Report on vaccination in Madras 1877-1894 - 1877-1894
Year: 1877
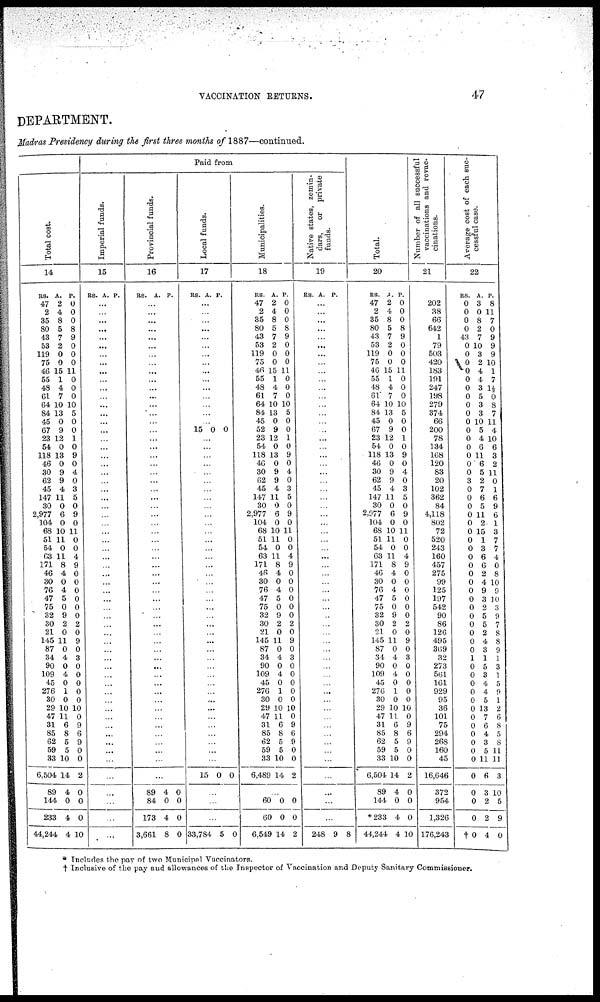
VACCINATION RETURNS.
47
DEPARTMENT.
Madras Presidency during the first three months of 1887—continued.
Total cost.
14
RS.
47
2
35
80
43
53
119
75
46
55
48
61
64
84
45
67
23
54
118
46
30
62
45
147
30
2,977
104
68
51
54
63
171
46
30
76
47
75
32
30
21
145
87
34
90
109
45
276
30
29
47
31
85
62
59
33
6,504
89
144
233
44,244
A.
2
4
8
5
7
2
0
0
15
1
4
7
10
13
0
9
12
0
13
0
9
9
4
11
0
6
0
10
11
0
11
8
4
0
4
5
0
9
2
0
11
0
4
0
4
0
1
0
10
11
6
8
5
5
10
14
4
0
4
4
P.
0
0
0
8
9
0
0
0
11
0
0
0
10
5
0
0
1
0
9
0
4
0
3
5
0
9
0
11
0
0
4
9
0
0
0
0
0
0
2
0
9
0
3
0
0
0
0
0
10
0
9
6
9
0
0
2
0
0
0
10
Paid from
Imperial funds.
15
RS. A. P.
...
...
...
...
...
...
...
...
...
...
...
...
...
...
...
...
...
...
...
...
...
...
...
...
...
...
...
...
...
...
...
...
...
...
...
...
...
...
...
...
...
...
...
...
...
...
...
...
...
...
...
...
...
...
...
...
...
...
...
...
Provincial funds.
16
RS. A. P.
...
...
...
...
...
...
...
...
...
...
...
...
...
...
...
...
...
...
...
...
...
...
...
...
...
...
...
...
...
...
...
...
...
...
...
...
...
...
...
...
...
...
...
...
...
...
...
...
...
...
...
...
...
...
...
...
89
84
173
3,661
4
0
4
8
0
0
0
0
Local funds.
17
RS. A. P.
...
...
...
...
...
...
...
...
...
...
...
...
...
...
...
15 0 0
...
...
...
...
...
...
...
...
...
...
...
...
...
...
...
...
...
...
...
...
...
...
...
...
...
...
...
...
...
...
...
...
...
...
...
...
...
...
...
15 0
0
...
...
...
33,784 5
0
Municipalities.
18
RS.
47
2
35
80
43
53
119
75
46
55
48
61
64
84
45
52
23
54
118
46
30
62
45
147
30
2,977
104
68
51
54
63
171
46
30
76
47
75
32
30
21
145
87
34
90
109
45
276
30
29
47
31
85
62
59
33
6,489
A.
2
4
8
5
7
2
0
0
15
1
4
7
10
13
0
9
12
0
13
0
9
9
4
11
0
6
0
10
11
0
11
8
4
0
4
5
0
9
2
0
11
0
4
0
4
0
1
0
10
11
6
8
5
5
10
14
P.
0
0
0
8
9
0
0
0
11
0
0
0
10
5
0
0
1
0
9
0
4
0
3
5
0
9
0
11
0
0
4
9
0
0
0
0
0
0
2
0
9
0
3
0
0
0
0
0
10
0
9
6
9
0
0
2
...
60
60
6,549
0
0
14
0
0
2
Native states, zemin-
dars,
or private
funds.
19
RS. A. P.
...
...
...
...
...
...
...
...
...
...
...
...
...
...
...
...
...
...
...
...
...
...
...
...
...
...
...
...
...
...
...
...
...
...
...
...
...
...
...
...
...
...
...
...
...
...
...
...
...
...
...
...
...
...
...
...
...
...
...
248 9
8
Total.
20
RS.
47
2
35
80
43
53
119
75
46
55
48
61
64
84
45
67
23
54
118
46
30
62
45
147
30
2,977
104
68
51
54
63
171
46
30
76
47
75
32
30
21
145
87
34
90
109
45
276
30
29
47
31
85
62
59
33
6,504
89
144
*233
44,244
A.
2
4
8
5
7
2
0
0
15
1
4
7
10
13
0
9
12
0
13
0
9
9
4
11
0
6
0
10
11
0
11
8
4
0
4
5
0
9
2
0
11
0
4
0
4
0
1
0
10
11
6
8
5
5
10
14
4
0
4
4
P.
0
0
0
8
9
0
0
0
11
0
0
0
10
5
0
0
1
0
9
0
4
0
3
5
0
9
0
11
0
0
4
9
0
0
0
0
0
0
2
0
9
0
3
0
0
0
0
0
10
0
9
6
9
0
0
2
0
0
0
10
Number of all successful
v accinations and revac-
cinations.
21
202
38
66
642
1
79
503
420
183
191
247
198
279
374
66
200
78
134
168
120
83
20
102
362
84
4,118
802
72
520
243
160
457
275
99
125
197
542
90
86
126
495
369
32
273
561
161
929
95
36
101
75
294
268
160
45
16,646
372
954
1,326
176,243
Average cost of each suc-
cessful case.
22
RS.
0
0
0
0
43
0
0
0
0
0
0
0
0
0
0
0
0
0
0
0
0
3
0
0
0
0
0
0
0
0
0
0
0
0
0
0
0
0
0
0
0
0
1
0
0
0
0
0
0
0
0
0
0
0
0
0
0
0
0
†0
A.
3
0
8
2
7
10
3
2
4
4
3
5
3
3
10
5
4
6
11
6
5
2
7
6
5
11
2
15
1
3
6
6
2
4
9
3
2
5
5
2
4
3
1
5
3
4
4
5
13
7
6
4
3
5
11
6
3
2
2
4
P.
8
11
7
0
9
9
9
10
1
7
1½
0
8
7
11
4
10
6
3
2
11
0
1
6
9
6
1
3
7
7
4
0
8
10
9
10
3
9
7
8
8
9
1
3
1
5
9
1
2
6
8
5
8
11
11
3
10
5
9
0
* Includes the pay of two Municipal Vaccinators.
† Inclusive of the pay and allowances of the Inspector of Vaccination and Deputy Sanitary Commissioner.